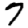
Digit: 7